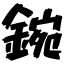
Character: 鋺